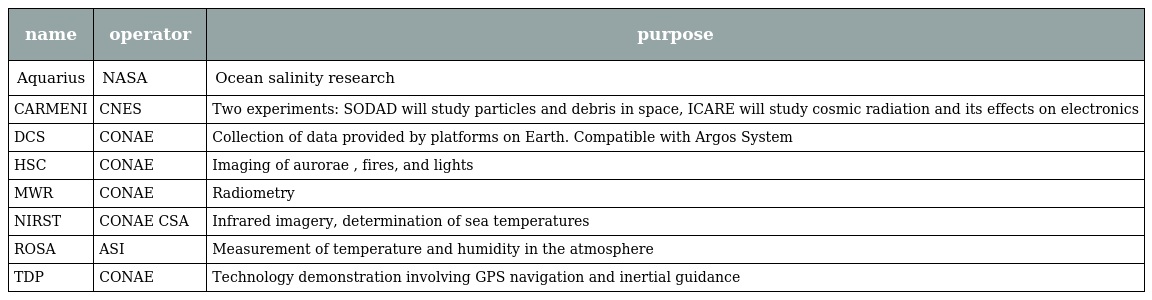
| name | operator | purpose |
 | --- | --- | --- |
 | Aquarius | NASA | Ocean salinity research |
 | CARMENI | CNES | Two experiments: SODAD will study particles and debris in space, ICARE will study cosmic radiation and its effects on electronics |
 | DCS | CONAE | Collection of data provided by platforms on Earth. Compatible with Argos System |
 | HSC | CONAE | Imaging of aurorae , fires, and lights |
 | MWR | CONAE | Radiometry |
 | NIRST | CONAE CSA | Infrared imagery, determination of sea temperatures |
 | ROSA | ASI | Measurement of temperature and humidity in the atmosphere |
 | TDP | CONAE | Technology demonstration involving GPS navigation and inertial guidance |